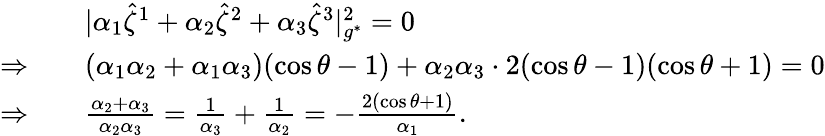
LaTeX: \begin{array}{rl}&{|\alpha_{1}\hat{\zeta}^{1}+\alpha_{2}\hat{\zeta}^{2}+\alpha_{3}\hat{\zeta}^{3}|_{g^{*}}^{2}=0}\\ {\Rightarrow\quad}&{(\alpha_{1}\alpha_{2}+\alpha_{1}\alpha_{3})(\cos\theta-1)+\alpha_{2}\alpha_{3}\cdot 2(\cos\theta-1)(\cos\theta+1)=0}\\ {\Rightarrow\quad}&{\frac{\alpha_{2}+\alpha_{3}}{\alpha_{2}\alpha_{3}}=\frac{1}{\alpha_{3}}+\frac{1}{\alpha_{2}}=-\frac{2(\cos\theta+1)}{\alpha_{1}}.}\end{array}